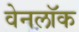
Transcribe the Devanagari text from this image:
वेनलॉक